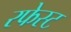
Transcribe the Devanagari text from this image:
रफेस्ट